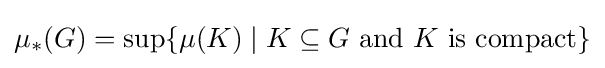
\mu _{\ast }(G)=\sup\{\mu (K)\mid K\subseteq G{\text{ and }}K{\text{ is compact}}\}